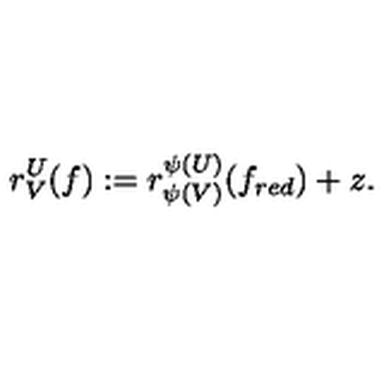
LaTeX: r _ { V } ^ { U } ( f ) : = r _ { \psi ( V ) } ^ { \psi ( U ) } ( f _ { r e d } ) + z .